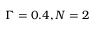
\Gamma = 0 . 4 , N = 2